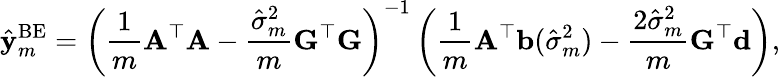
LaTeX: \hat{\mathbf y}_{m}^{\mathrm{BE}}=\left(\frac{1}{m}{\mathbf A}^{\top}{\mathbf A}-\frac{\hat{\sigma}_{m}^{2}}{m}{\mathbf G}^{\top}{\mathbf G}\right)^{-1}\left(\frac{1}{m}{\mathbf A}^{\top}{\mathbf b}(\hat{\sigma}_{m}^{2})-\frac{2\hat{\sigma}_{m}^{2}}{m}{\mathbf G}^{\top}{\mathbf d}\right),